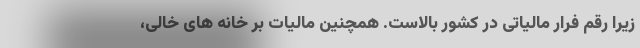
زیرا رقم فرار مالیاتی در کشور بالاست. همچنین مالیات بر خانه های خالی،